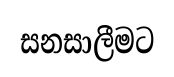
සනසාලීමට